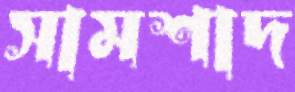
সামশাদ